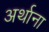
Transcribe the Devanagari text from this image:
अर्थाना